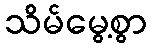
သိမ်မွေ့စွာ